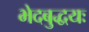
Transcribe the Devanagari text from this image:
भेदबुद्धयः